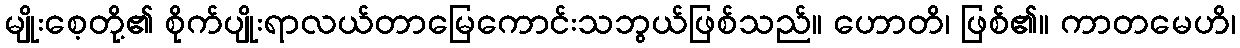
မျိုးစေ့တို့၏ စိုက်ပျိုးရာလယ်တာမြေကောင်းသဘွယ်ဖြစ်သည်။ ဟောတိ၊ ဖြစ်၏။ ကာတမေဟိ၊